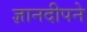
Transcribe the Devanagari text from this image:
ज्ञानदीपने